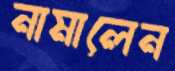
নামালেন